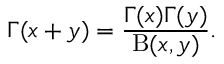
\Gamma ( x + y ) = \frac { \Gamma ( x ) \Gamma ( y ) } { \mathrm { B } ( x , y ) } .